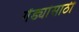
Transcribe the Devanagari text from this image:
गेंड्यांसाठी